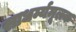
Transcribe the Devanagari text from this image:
साधर्म्यमूलक